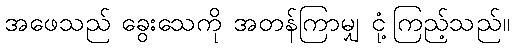
အဖေသည် ခွေးသေကို အတန်ကြာမျှ ငုံ့ကြည့်သည်။